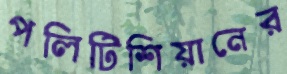
পলিটিশিয়ানের